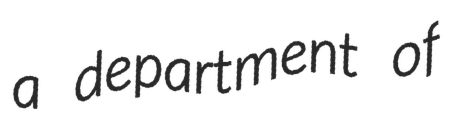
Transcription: a department of